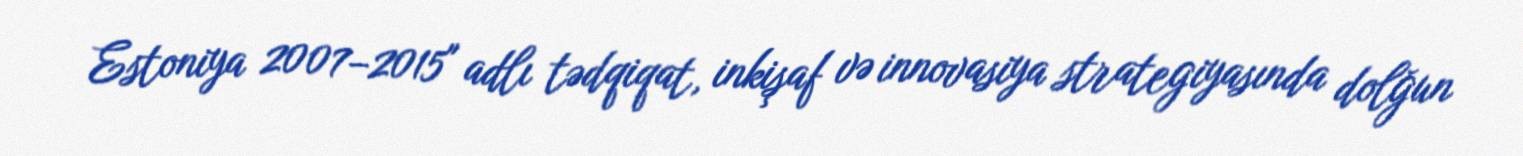
Estoniya 2007–2015" adlı tədqiqat, inkişaf və innovasiya strategiyasında dolğun